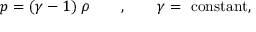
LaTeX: p = ( \gamma - 1 ) \; \rho \qquad , \qquad \gamma = \mathrm { ~ c o n s t a n t } ,